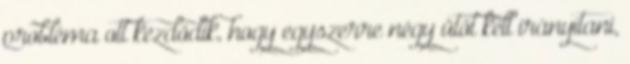
probléma ott kezdődik, hogy egyszerre négy ütőt kell irányítani,